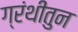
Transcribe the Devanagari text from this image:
ग्रंथीतुन